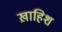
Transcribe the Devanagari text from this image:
ख़ाहिश